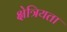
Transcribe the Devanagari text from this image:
क्षेत्रियता